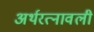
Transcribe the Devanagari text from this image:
अर्थरत्नावली